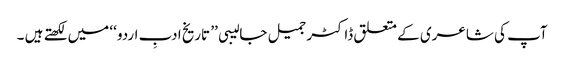
آپ کی شاعری کے متعلق ڈاکٹر جمیل جالیبی ’’ تاریخ ادبِ اردو ‘‘ میں لکھتے ہیں ۔